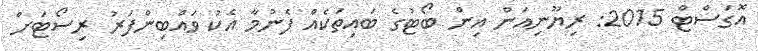
އޮގަސްޓް 2015: ރިޔޫނިއަން އިން ބޯޓުގެ ބައިތަކެއް ފެނުމާ އެކު ވައްބިންފަރު ރިސޯޓަށް